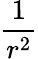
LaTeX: \frac{1}{r^{2}}